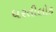
ધરતીલોક